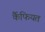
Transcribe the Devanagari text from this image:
र्कैफियत